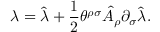
\lambda = \hat { \lambda } + \frac { 1 } { 2 } \theta ^ { \rho \sigma } \hat { A } _ { \rho } \partial _ { \sigma } \hat { \lambda } .